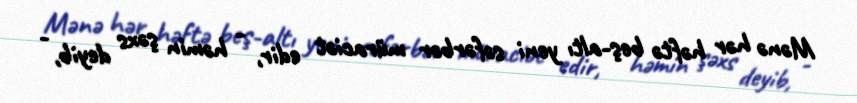
Mənə hər həftə beş-altı yeni səfərbər müraciət edir, - həmin şəxs deyib, -